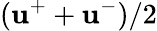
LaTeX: (\boldsymbol{\mathbf{u}}^{+}+\boldsymbol{\mathbf{u}}^{-})/2